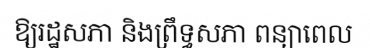
ឱ្យរដ្ឋសភា និងព្រឹទ្ធសភា ពន្យាពេល